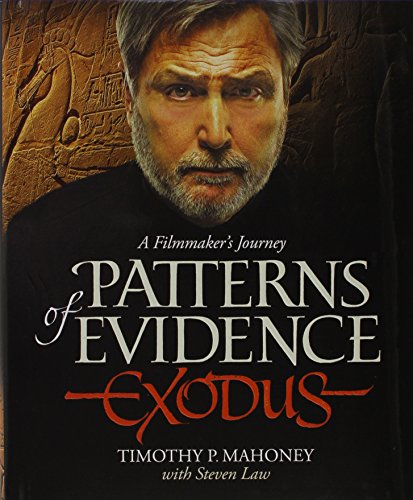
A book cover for Patterns of Evidence: Exodus: A Filmmaker's Journey; Timothy P. Mahoney; History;